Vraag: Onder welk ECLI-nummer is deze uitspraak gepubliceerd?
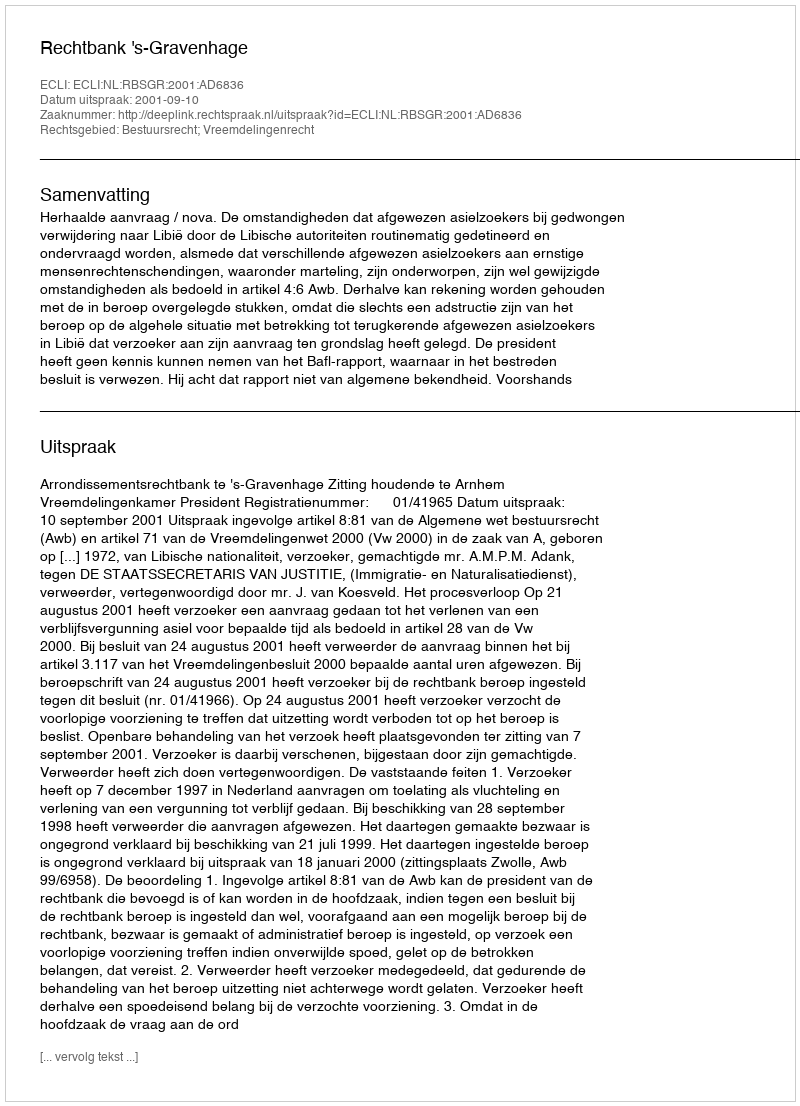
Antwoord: ECLI:NL:RBSGR:2001:AD6836